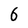
Character: 6